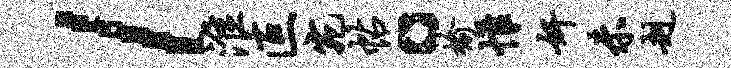
l淮叵宛帖。榆帷奸未赳